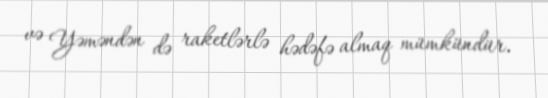
və Yəməndən də raketlərlə hədəfə almaq mümkündür.